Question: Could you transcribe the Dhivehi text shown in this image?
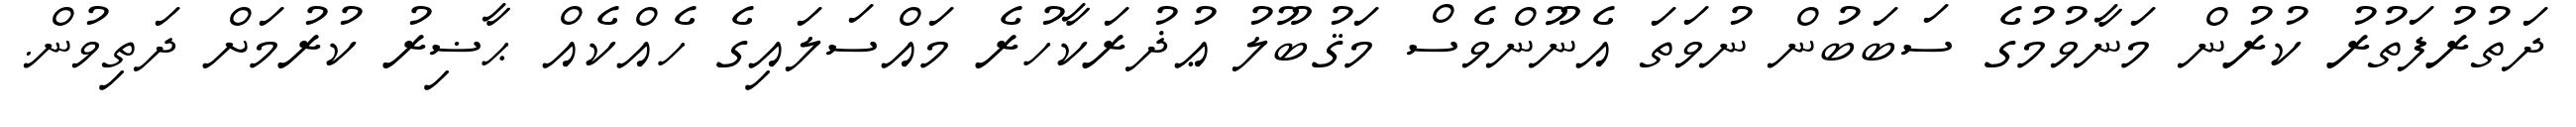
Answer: ދަތުރުފަތުރު ކުރުން މަނާވުމުގެ ސަބަބުން ނުވަތަ އެނޫންވެސް މަޤުބޫލު ޢުޛުރަކާހުރެ މައްސަލައިގެ ހެއްކެއް ޙާޟިރު ކުރުމަށް ދަތިވުން.